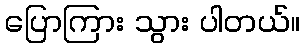
ပြောကြား သွား ပါတယ်။